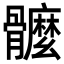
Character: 𩪮